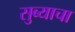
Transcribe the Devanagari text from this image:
सुब्याचा